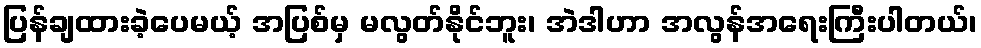
ပြန်ချထားခဲ့ပေမယ့် အပြစ်မှ မလွတ်နိုင်ဘူး၊ အဲဒါဟာ အလွန်အရေးကြီးပါတယ်၊